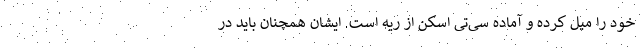
خود را میل کرده و آماده سی‌تی اسکن از ریه است. ایشان همچنان باید در